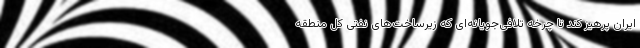
ایران پرهیز کند تا چرخه تلافی‌جویانه‌ای که زیرساخت‌های نفتی کل منطقه